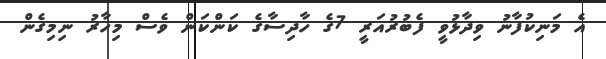
އެ މަނިކުފާނު ވިދާޅުވީ ފެބުރުއަރީ 7ގެ ހާދިސާގެ ކަންކަން ވެސް މިހާރު ނިމިގެން